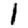
Digit: 1